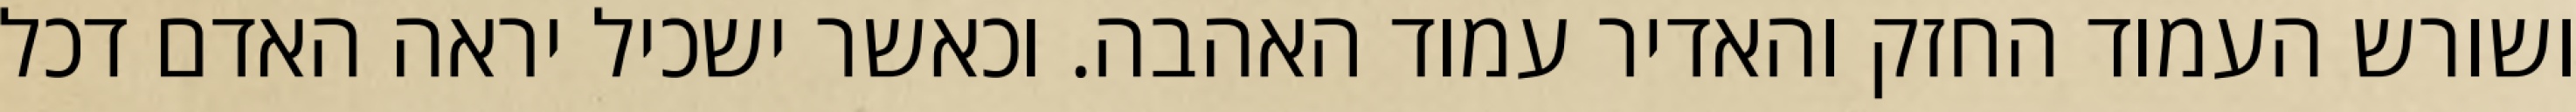
ושורש העמוד החזק והאדיר עמוד האהבה. וכאשר ישכיל יראה האדם דכל